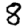
Digit: 8